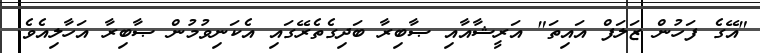
"އޭގެ ފަހުން ޒަލަފް އައިތަ" އަރީޝާއާއި ޞާބިރާ ބަދިގެތެރޭގައި އެކަނިވުމުން ޞާބިރާ އަހާލިއެވެ.